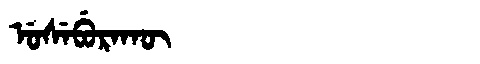
Manchu: ᡠᠰᡝᠪᡠᡵᠠᡴᡡ
Romanization: USEBURAKŪ